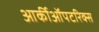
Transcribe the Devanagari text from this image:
आर्कीऑपटरिक्स